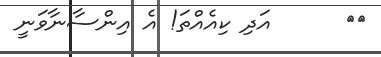
١٤      އަދި ކިއެއްތަ! އެ އިންސާނާވަނީ